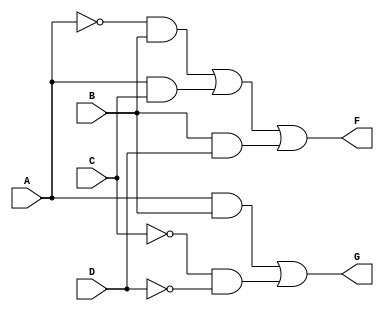
module combinational_logic (
    input wire A,    // Input variable A
    input wire B,    // Input variable B
    input wire C,    // Input variable C
    input wire D,    // Input variable D
    output wire F,   // Output variable F
    output wire G    // Output variable G
);

// Intermediate signals for simplification
wire A_not, B_not, C_not, D_not;
wire term1, term2, term3, term4, term5;

// NOT gates for inverted inputs
not (A_not, A);
not (B_not, B);
not (C_not, C);
not (D_not, D);

// Logic for output F: F = A'B + AC + BD
assign term1 = A_not & B;        // A'B
assign term2 = A & C;            // AC
assign term3 = B & D;            // BD
assign F = term1 | term2 | term3; // F = A'B + AC + BD

// Logic for output G: G = AB + C'D'
assign term4 = A & B;            // AB
assign term5 = C_not & D_not;    // C'D'
assign G = term4 | term5;        // G = AB + C'D'

endmodule